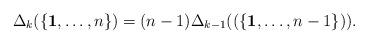
LaTeX: \begin{align*}\Delta_k (\{\mathbf{1}, \ldots, n\}) = (n-1) \Delta_{k-1}((\{\mathbf{1}, \ldots, n-1\})).\end{align*}